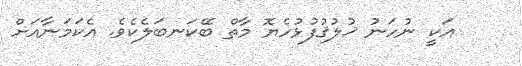
އަކީ ނުހަނު ޚުލުޤުފުޅުހެޔޮ މާތް ބޭކަނބަލެކެވެ. އެކަމަނާއަށް